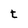
Character: t